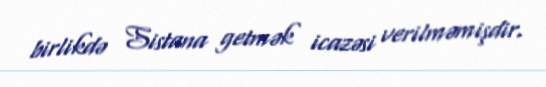
birlikdə Sistana getmək icazəsi verilməmişdir.